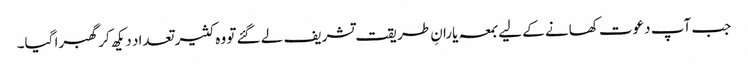
جب آپ دعوت کھانے کے لیے بمعہ یارانِ طریقت تشریف لے گئے تو وہ کثیر تعداد دیکھ کر گھبرا گیا۔